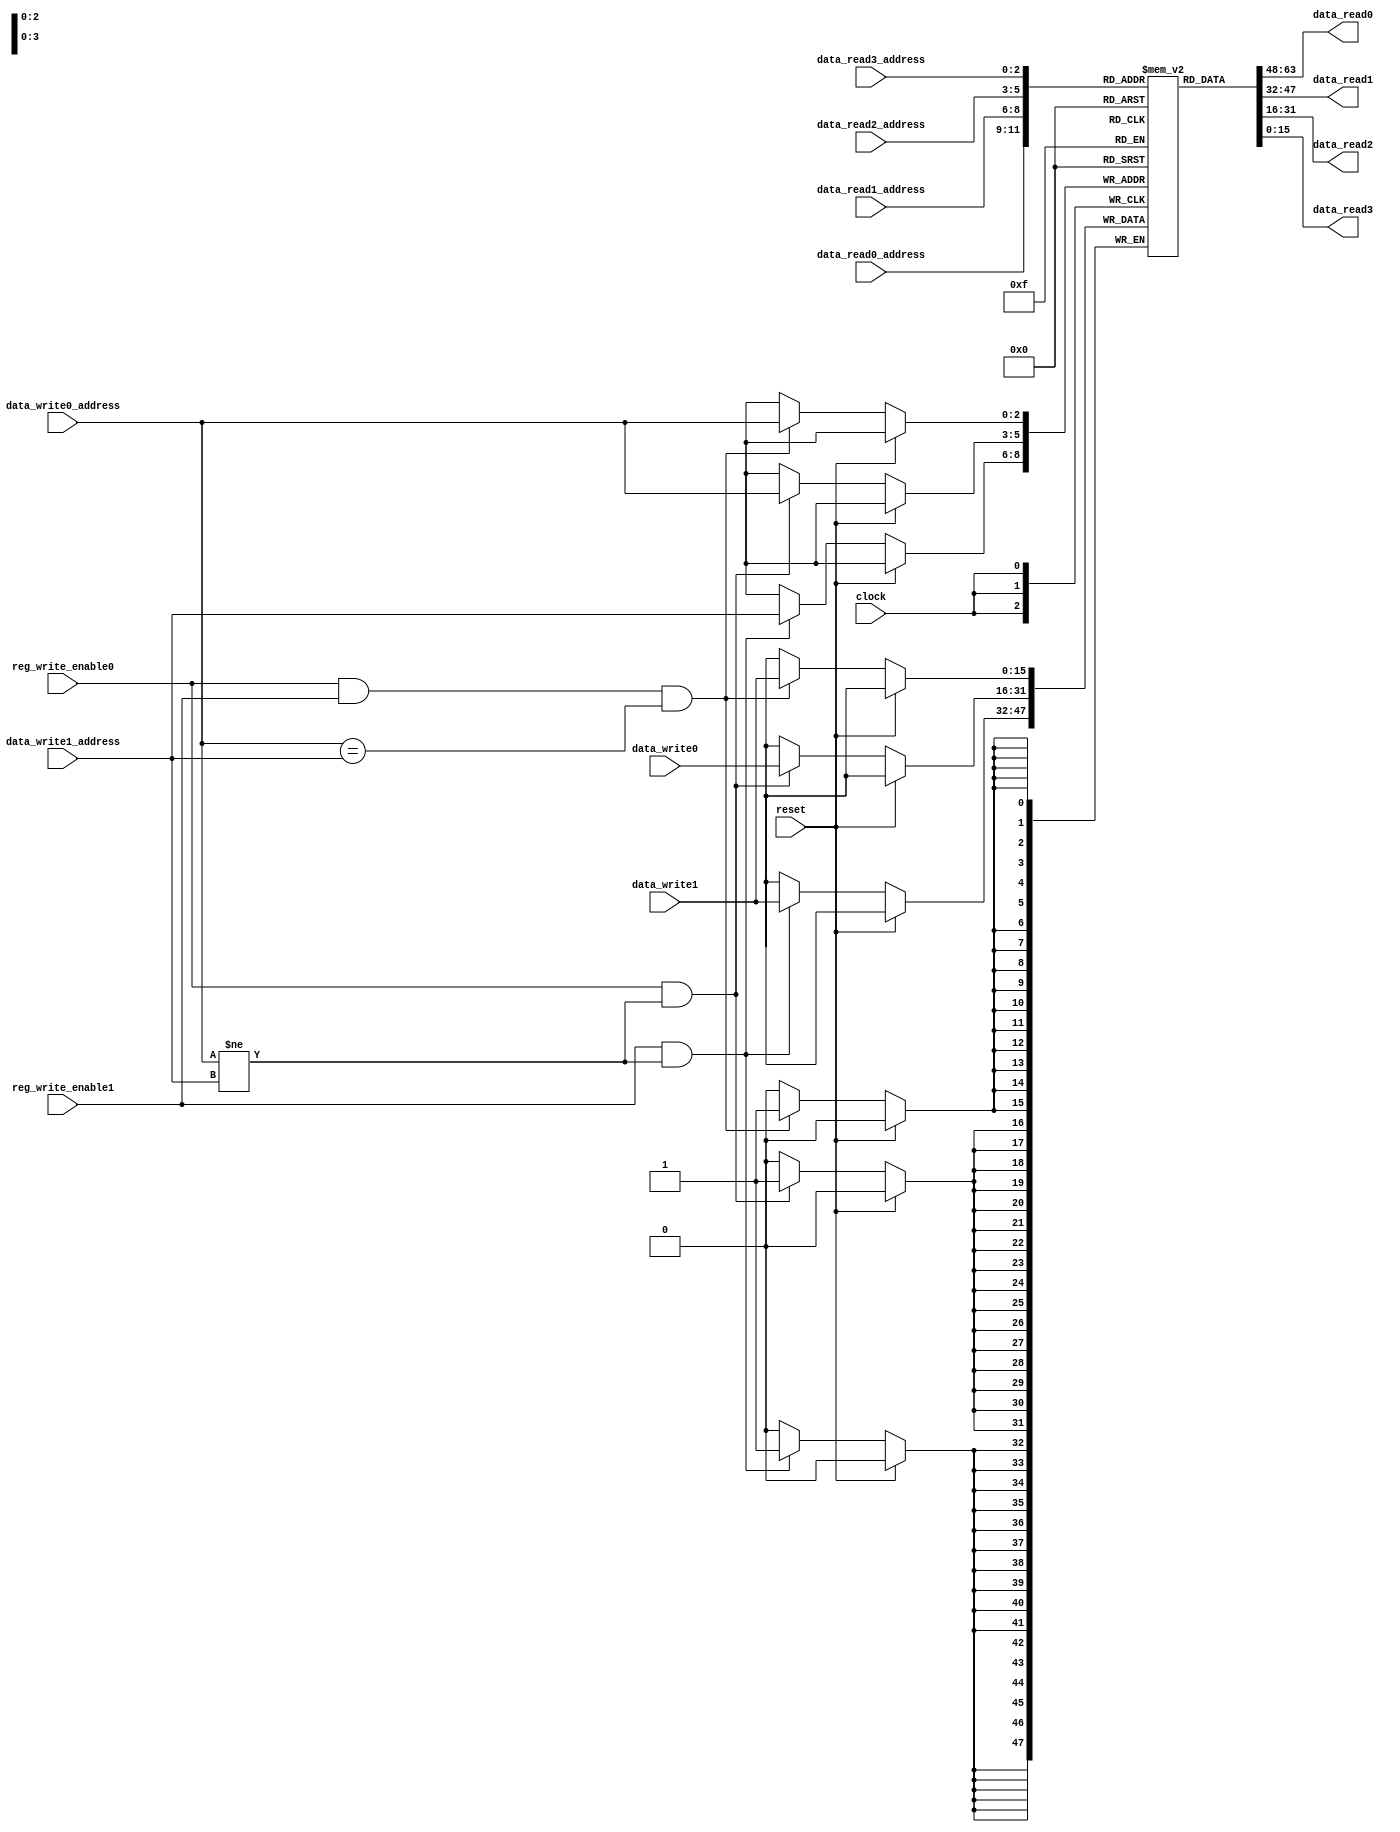
module RegisterFile_v2
(data_read0, 
data_read1,
data_read2, 
data_read3, 
data_write0, 
data_write1, 
data_read0_address, 
data_read1_address,
data_read2_address, 
data_read3_address, 
data_write0_address, 
data_write1_address, 
clock, 
reset, 
reg_write_enable0,
reg_write_enable1);

input [15:0] data_write0, data_write1;
input [2:0] data_read0_address, data_read1_address, data_read2_address, data_read3_address, data_write0_address, data_write1_address;
input clock, reset, reg_write_enable0, reg_write_enable1;
output reg [15:0] data_read0, data_read1, data_read2, data_read3;
wire [15:0] reg_output [7:0];
integer i;



reg [15:0] regs[7:0];//declaring regs location,each 16 bits

initial
begin
	regs[7] = 16'b0000000000000010;
end

always@(posedge clock)
begin
	//regs[0] <= 16'b0;

	if(! reset)
	begin
		if (reg_write_enable0 && reg_write_enable1 && (data_write0_address == data_write1_address))
			regs[data_write0_address]<= data_write1;
		
		if (reg_write_enable0 && (data_write0_address != data_write1_address))
			regs[data_write0_address]<= data_write0;
			
		if (reg_write_enable1 && (data_write0_address != data_write1_address))
			regs[data_write1_address]<= data_write1;
			
	end
//	else begin
//		for(i=0 ; i<8 ;i=i+1) begin
//			regs[i] <= 16'b0;
//		end
//	end
end // end always

always@(*)
begin
	data_read0 <= regs[data_read0_address];
	data_read1 <= regs[data_read1_address];
	data_read2 <= regs[data_read2_address];
	data_read3 <= regs[data_read3_address];
	
end
endmodule